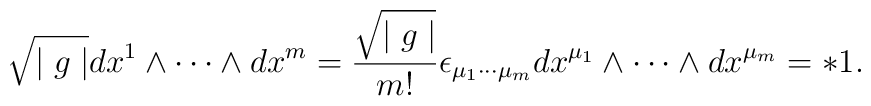
\sqrt{\mid g\mid} dx^{1} \wedge \cdots \wedge dx^{m} = \frac{\sqrt{\mid g\mid}}{m!}\epsilon_{\mu_1\cdots\mu_m}dx^{\mu_1}\wedge\cdots \wedge dx^{\mu_{m}} = * 1 .